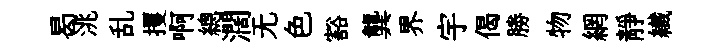
曷洮乱攫啊總濶无色豁龔界宇偈勝物網靜纎